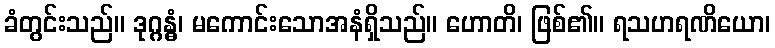
ခံတွင်းသည်။ ဒုဂ္ဂန္ဓံ၊ မကောင်းသောအနံရှိသည်။ ဟောတိ၊ ဖြစ်၏။ ရသဟရဏိယော၊